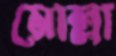
মোল্লা